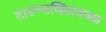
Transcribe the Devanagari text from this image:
टाउन्सव्हिलजवळ